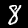
Label: 8